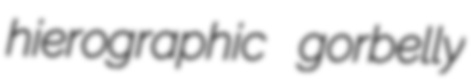
hierographic gorbelly